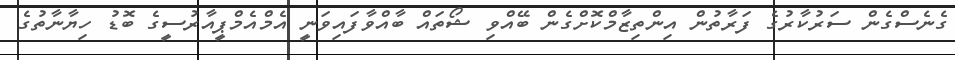
ގެނެސްގެން ސަރުކާރުގެ ފަރާތުން އިންތިޒާމްކޮށްގެން ބޭއްވި ޝޯތައް ބާއްވާފައިވަނީ އެމްއެމްޕީއާރުސީގެ ބޮޑު ހިޔާނާތުގެ